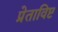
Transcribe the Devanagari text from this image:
प्रेताविष्ट